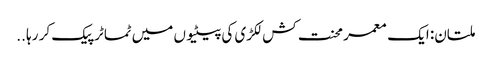
ملتان: ایک معمر محنت کش لکڑی کی پیٹیوں میں ٹماٹر پیک کر رہا ..